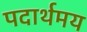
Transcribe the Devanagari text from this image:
पदार्थमय